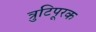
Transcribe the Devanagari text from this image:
त्रुटिपूरक